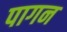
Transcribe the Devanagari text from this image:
पागन